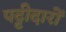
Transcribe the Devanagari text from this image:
पट्टीदारों